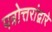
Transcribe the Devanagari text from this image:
पत्रोत्तरांद्वारे